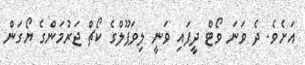
އަށެވެ. ދެ ވަނަ ވޯޓް ދީފައި ވަނީ ލިވަޕޫލްގެ ކޯޗް ޖަރުމަންގެ ޔޯގަން